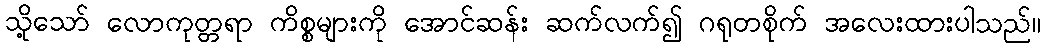
သို့သော် လောကုတ္တရာ ကိစ္စများကို အောင်ဆန်း ဆက်လက်၍ ဂရုတစိုက် အလေးထားပါသည်။